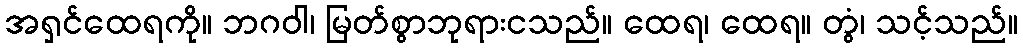
အရှင်ထေရကို။ ဘဂဝါ၊ မြတ်စွာဘုရားငသည်။ ထေရ၊ ထေရ။ တွံ၊ သင့်သည်။